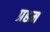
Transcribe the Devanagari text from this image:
प्रहम